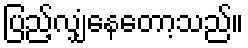
ပြည့်လျှံနေတော့သည်။